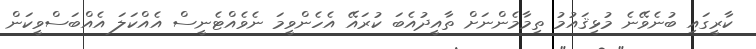
ކާރީގައި ބުނެވޭނެ މުޅިޤައުމު ތިމާމެންނަށް ތާއީދުއެބަ ކުރައޭ އެހެންވީމަ ނެވެއްޓެނީސް އެއްކަލަ އެއްބަސްވީކަން